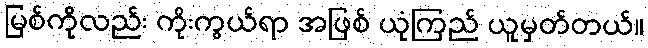
မြစ်ကိုလည်း ကိုးကွယ်ရာ အဖြစ် ယုံကြည် ယူမှတ်တယ်။